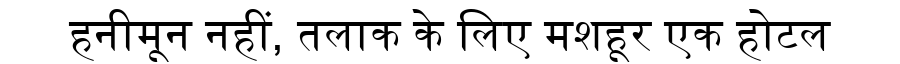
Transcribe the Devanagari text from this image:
हनीमून नहीं, तलाक के लिए मशहूर एक होटल